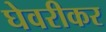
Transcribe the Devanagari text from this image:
घेवरीकर